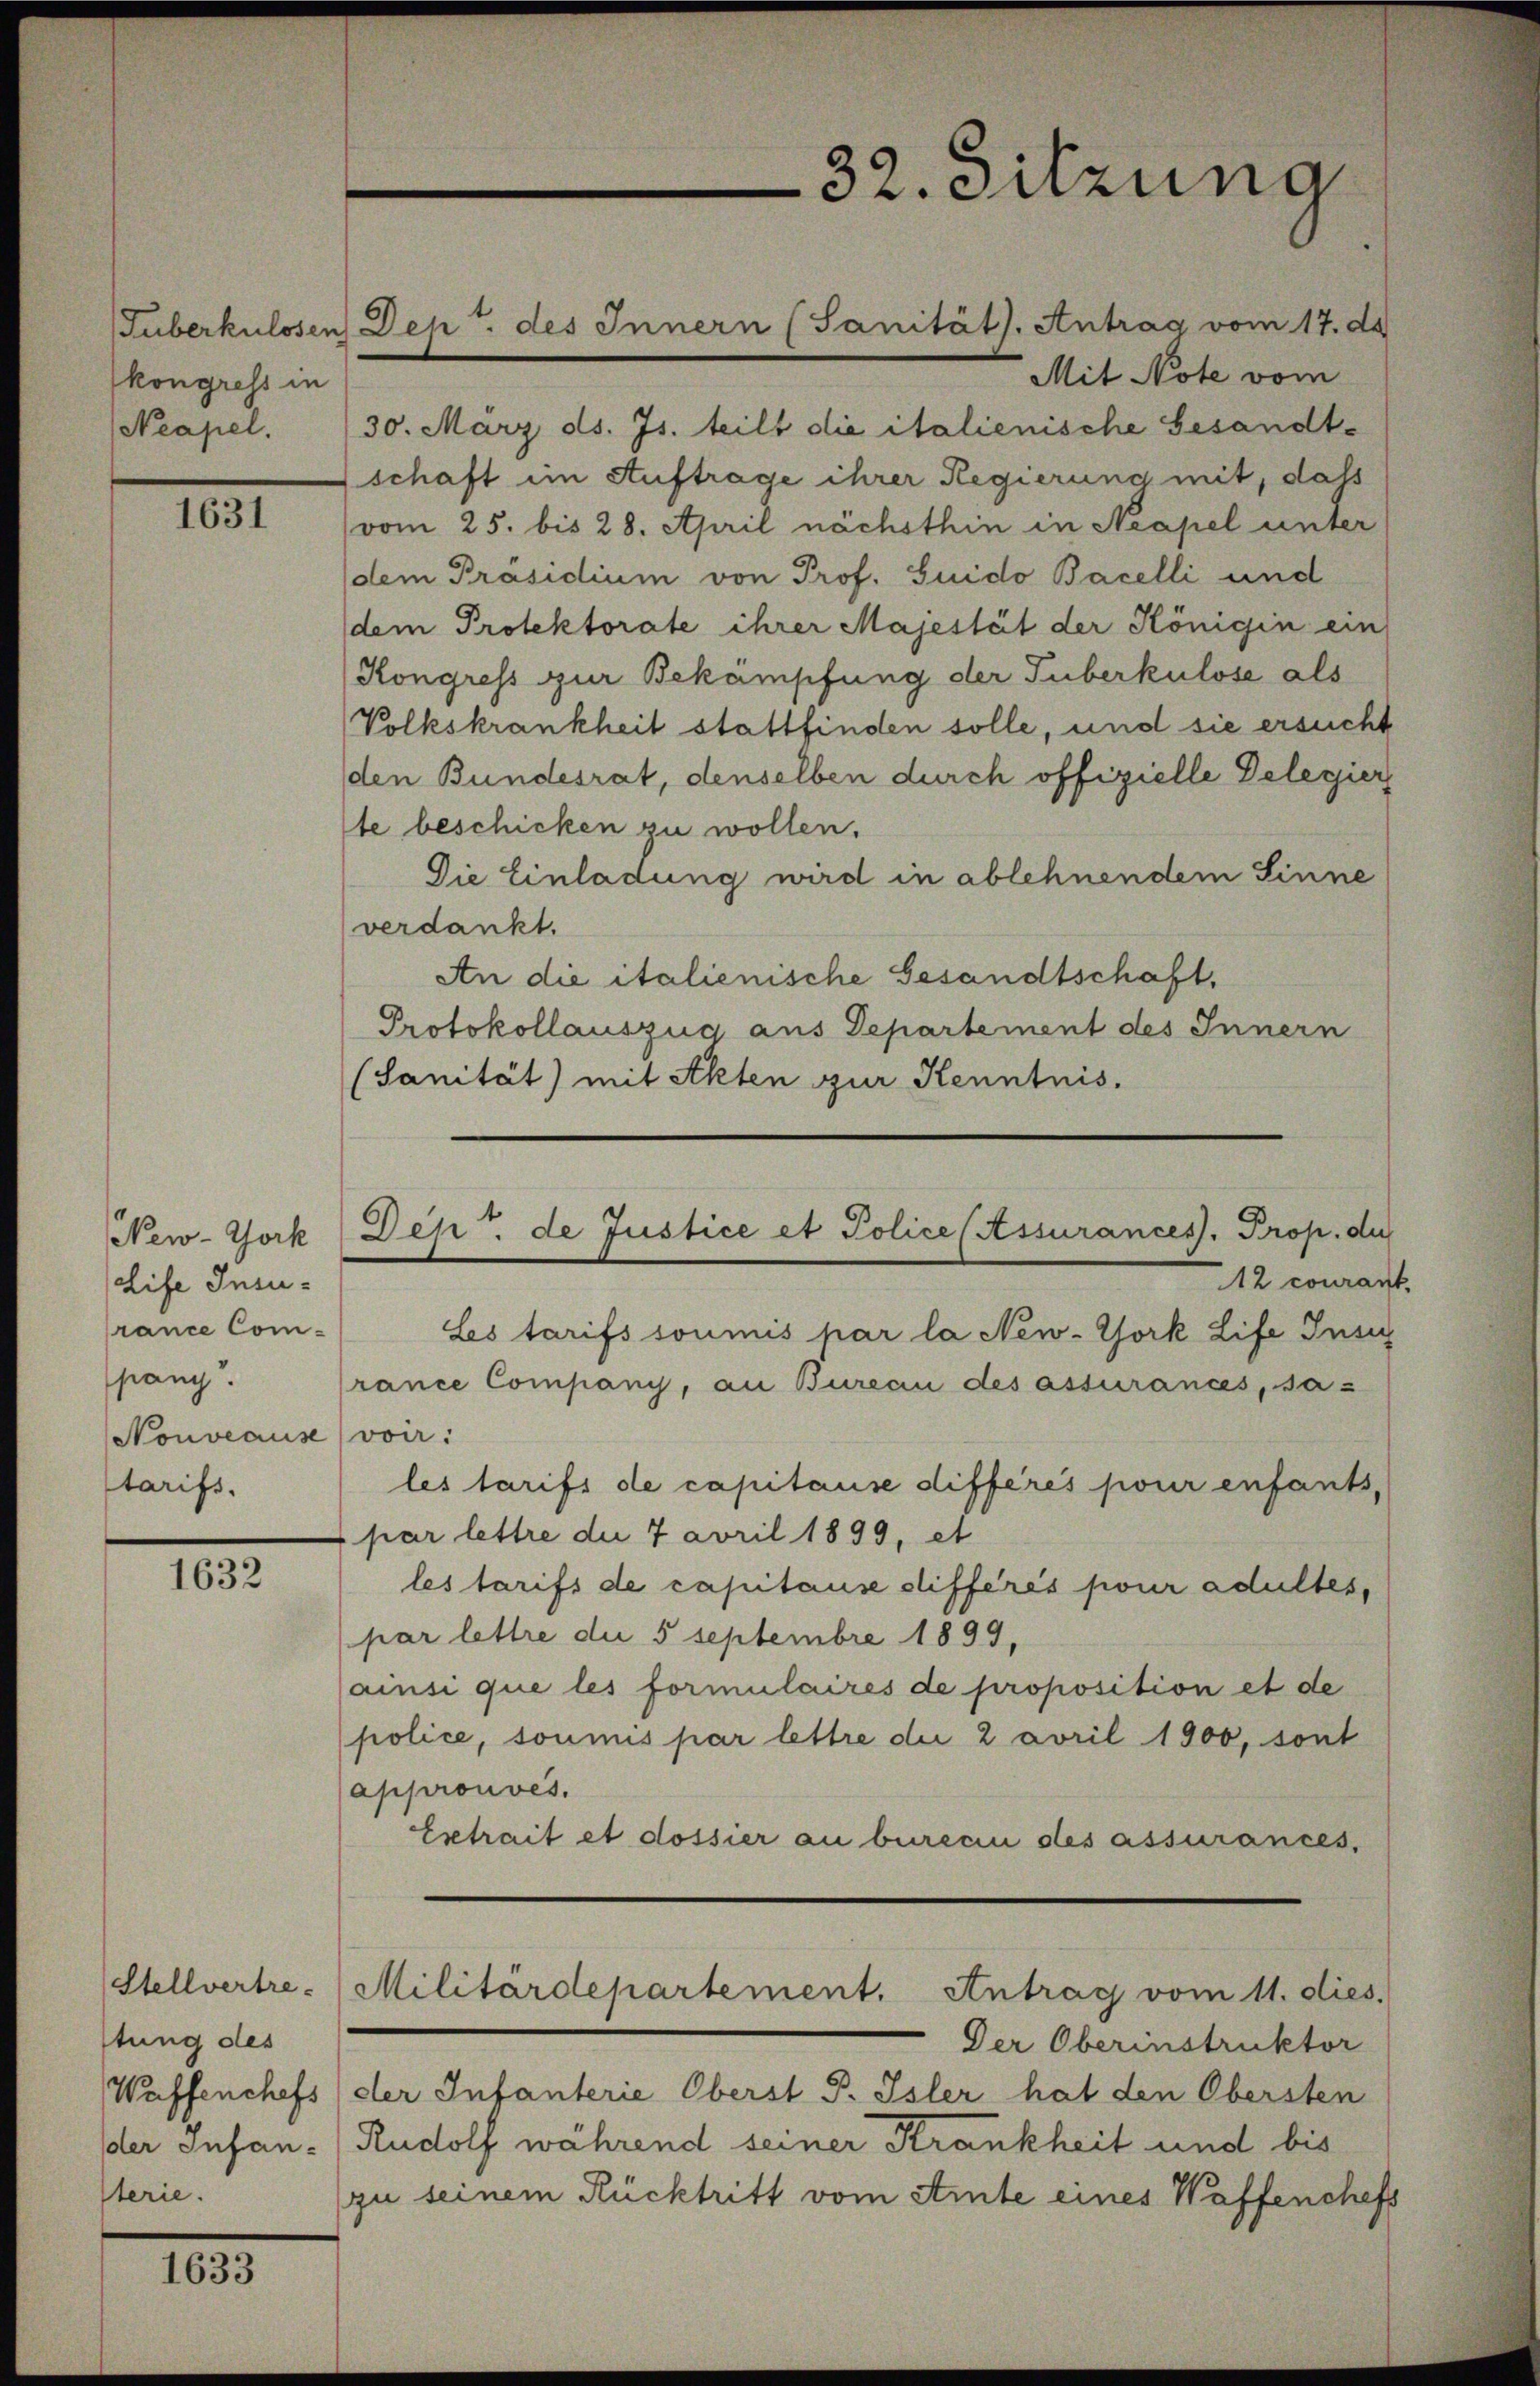
kongress in
Neapel.

1631

New-York
Life Insurance Com-
pany.
Nouveause
Starifs.

1632

Stellvertrestung des
Waffenchefs
der Infan-
sterie.

1633

Mit Note vom
30. März ds. Js. teilt die italienische Gesandt-
schaft im Auftrage ihrer Regierung mit, dass
vom 25. bis 28. April nächsthin in Neapel unter
dem Präsidium von Prof. Guido Bacelli und
dem Protektorate ihrer Majestät der Königin ein
Kongress zur Bekämpfung der Tuberkulose als
Volkskrankheit stattfinden solle, und sie ersucht
den Bundesrat, denselben durch offizielle Delegier
te beschicken zu wollen.
Die Einladung wird in ablehnendem Sinne
verdankt.
An die italienische Gesandtschaft.
Protokollauszug aus Departement des Innern
(Sanität) mit Akten zur Kenntnis.

Tuberkulosen Dep. des Innern (Janitäts. Antrag vom 17. de

2
32. Sitzung

Dep. de Justice et Police (Assurances, Prop. die
12 courant.
Les tarifs soumis par la New-York Life Insig

rance Company, an Bureau des assurances, sa-

voir :
les tarifs de capitause différés pour enfants,
par lettre die 7 avril 1899, et
les tarifs de capitause différés pour adultes,
par lettre die 5 Septembre 1899,
ainsi que les formulaires de proposition et de
police, soumis par lettre die 2 avril 1900, sont
approuvés.
Extrait et dossier au burecin des assurances,
Militärdepartement. Antrag vom 11. dies
Der Oberinstruktor
der Infanterie Oberst P. Isler hat den Obersten
Rudolf während seiner Krankheit und bis
zu seinem Rücktritt vom Amte eines Waffenchefs